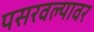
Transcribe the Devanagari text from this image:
पसरवल्यावर